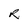
Character: R